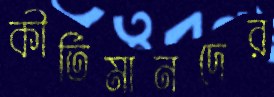
কীর্তিমানদের